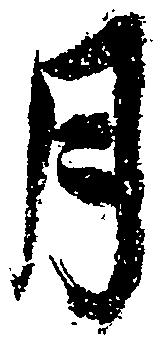
月